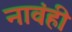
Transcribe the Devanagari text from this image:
नावंही